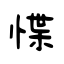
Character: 惵